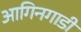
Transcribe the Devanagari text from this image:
आगिनगाडी